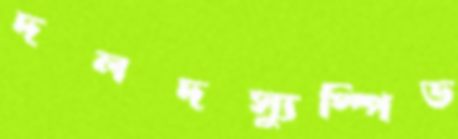
দলদস্যুস্পিড